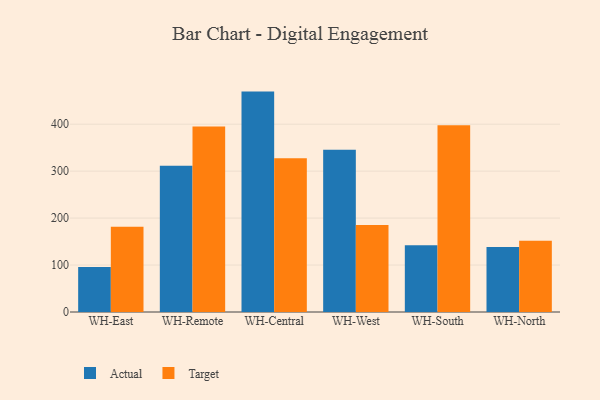
{"axis": {"x": "Warehouse", "y": "Temperature (°C)"}, "legend": ["Actual", "Target"], "data": [{"x": "WH-East", "y": 96.1, "type": "Actual"}, {"x": "WH-East", "y": 181.5, "type": "Target"}, {"x": "WH-Remote", "y": 311.3, "type": "Actual"}, {"x": "WH-Remote", "y": 394.9, "type": "Target"}, {"x": "WH-Central", "y": 469.4, "type": "Actual"}, {"x": "WH-Central", "y": 327.2, "type": "Target"}, {"x": "WH-West", "y": 345.8, "type": "Actual"}, {"x": "WH-West", "y": 185.5, "type": "Target"}, {"x": "WH-South", "y": 142.2, "type": "Actual"}, {"x": "WH-South", "y": 397.6, "type": "Target"}, {"x": "WH-North", "y": 138.2, "type": "Actual"}, {"x": "WH-North", "y": 151.6, "type": "Target"}]}